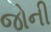
જોની